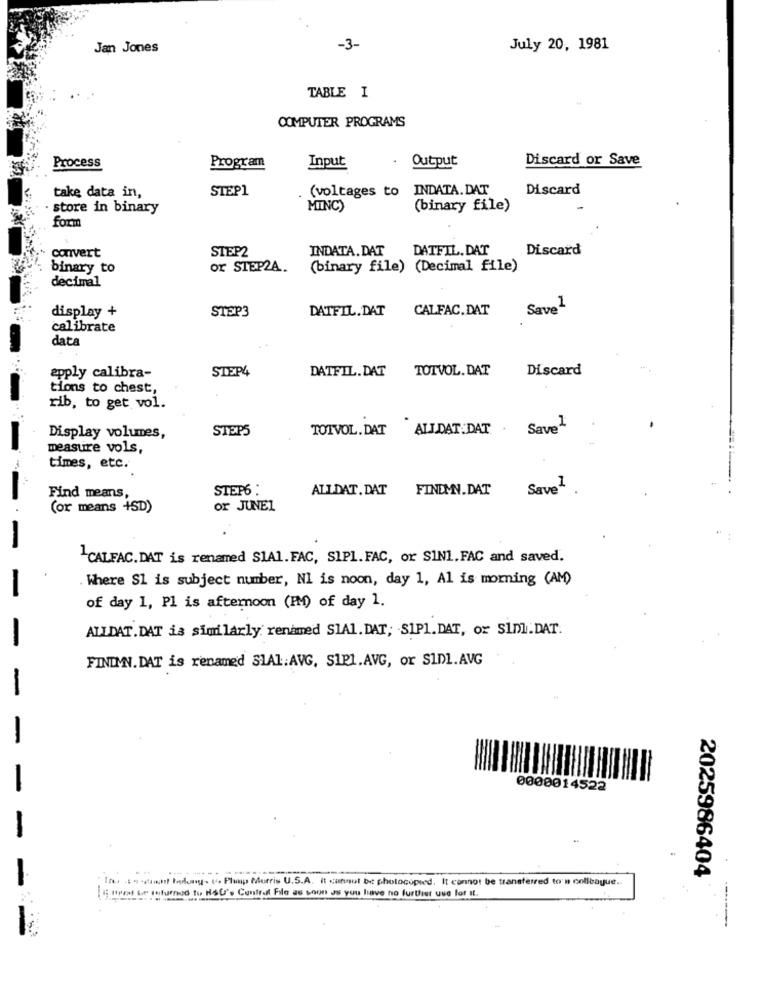
Jan Jones
-3-
July 20, 1981
TABLE I
COMPUTER PROGRAMS
Input
Output
Discard or Save
Process
Program
take data in,
STEP1
. (voltages to
INDATA. DAT
Discard
store in binary
MINC)
(binary file)
form
convert
STEP2
INDATA. DAT
DATFIL. DAT
Discard
binary to
or STEP2A.
(binary file) (Decimal file)
decimal
STEP3
CALFAC. DAT
Save
display +
DATFIL. DAT
calibrate
data
apply calibra-
STEP4
DATFIL.DAT TOTVOL. DAT
Discard
tions to chest,
rib, to get vol.
STEPS
TOTVOL. DAT ALLDAT DAT .
Save1
Display volumes,
measure vols,
times, etc.
STEP6 :
ALLDAT. DAT
FINDMN.DAT
Save
Find means,
(or means +SD)
or JUNE1
1CALFAC. DAT is renamed SIAl. FAC, SIPI. FAC, or SIN1. FAC and saved.
Where $1 is subject number, NI is noon, day 1, Al is morning (AM)
of day 1, Pl is afternoon (IM) of day 1.
ALLDAT.DAT is similarly renamed SIAl. DAT; SIP1.DAT, or SIDl. DAT.
FINDMN. DAT is renamed SIAl: AVG, S1P1.AVG, or SIDI. AVG
0000014522
...
Ther .: - - sticht toolong. t. Plunp Morris U.S.A. It cannot be photocopied. It cannot be transferred to's colleague.
2025986404
med to H&O's Control File as soon as you have no further use for st.
Canal be returned to!